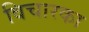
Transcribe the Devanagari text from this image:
विचारका